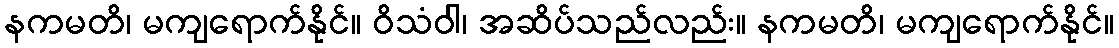
နကမတိ၊ မကျရောက်နိုင်။ ဝိသံဝါ၊ အဆိပ်သည်လည်း။ နကမတိ၊ မကျရောက်နိုင်။